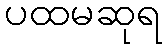
ပထမဆုရ